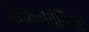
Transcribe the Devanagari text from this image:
कंकनीपंक्तियों